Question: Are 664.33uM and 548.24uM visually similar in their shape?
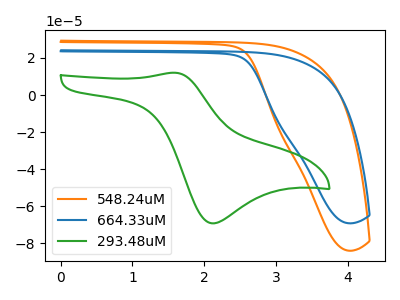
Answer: <think>The orange curve "548.24uM" has no peaks. The blue curve "664.33uM" has no peaks. The green curve "293.48uM" has an anodic peak at (1.60V, 12.05uA) and a cathodic peak at (2.10V, -69.35uA).
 Neither "664.33uM" or "548.24uM" have any peaks.</think>
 <answer>"664.33uM" and "548.24uM" are similar in shape.</answer>
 <eval>same_shape</eval>